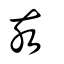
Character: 亥